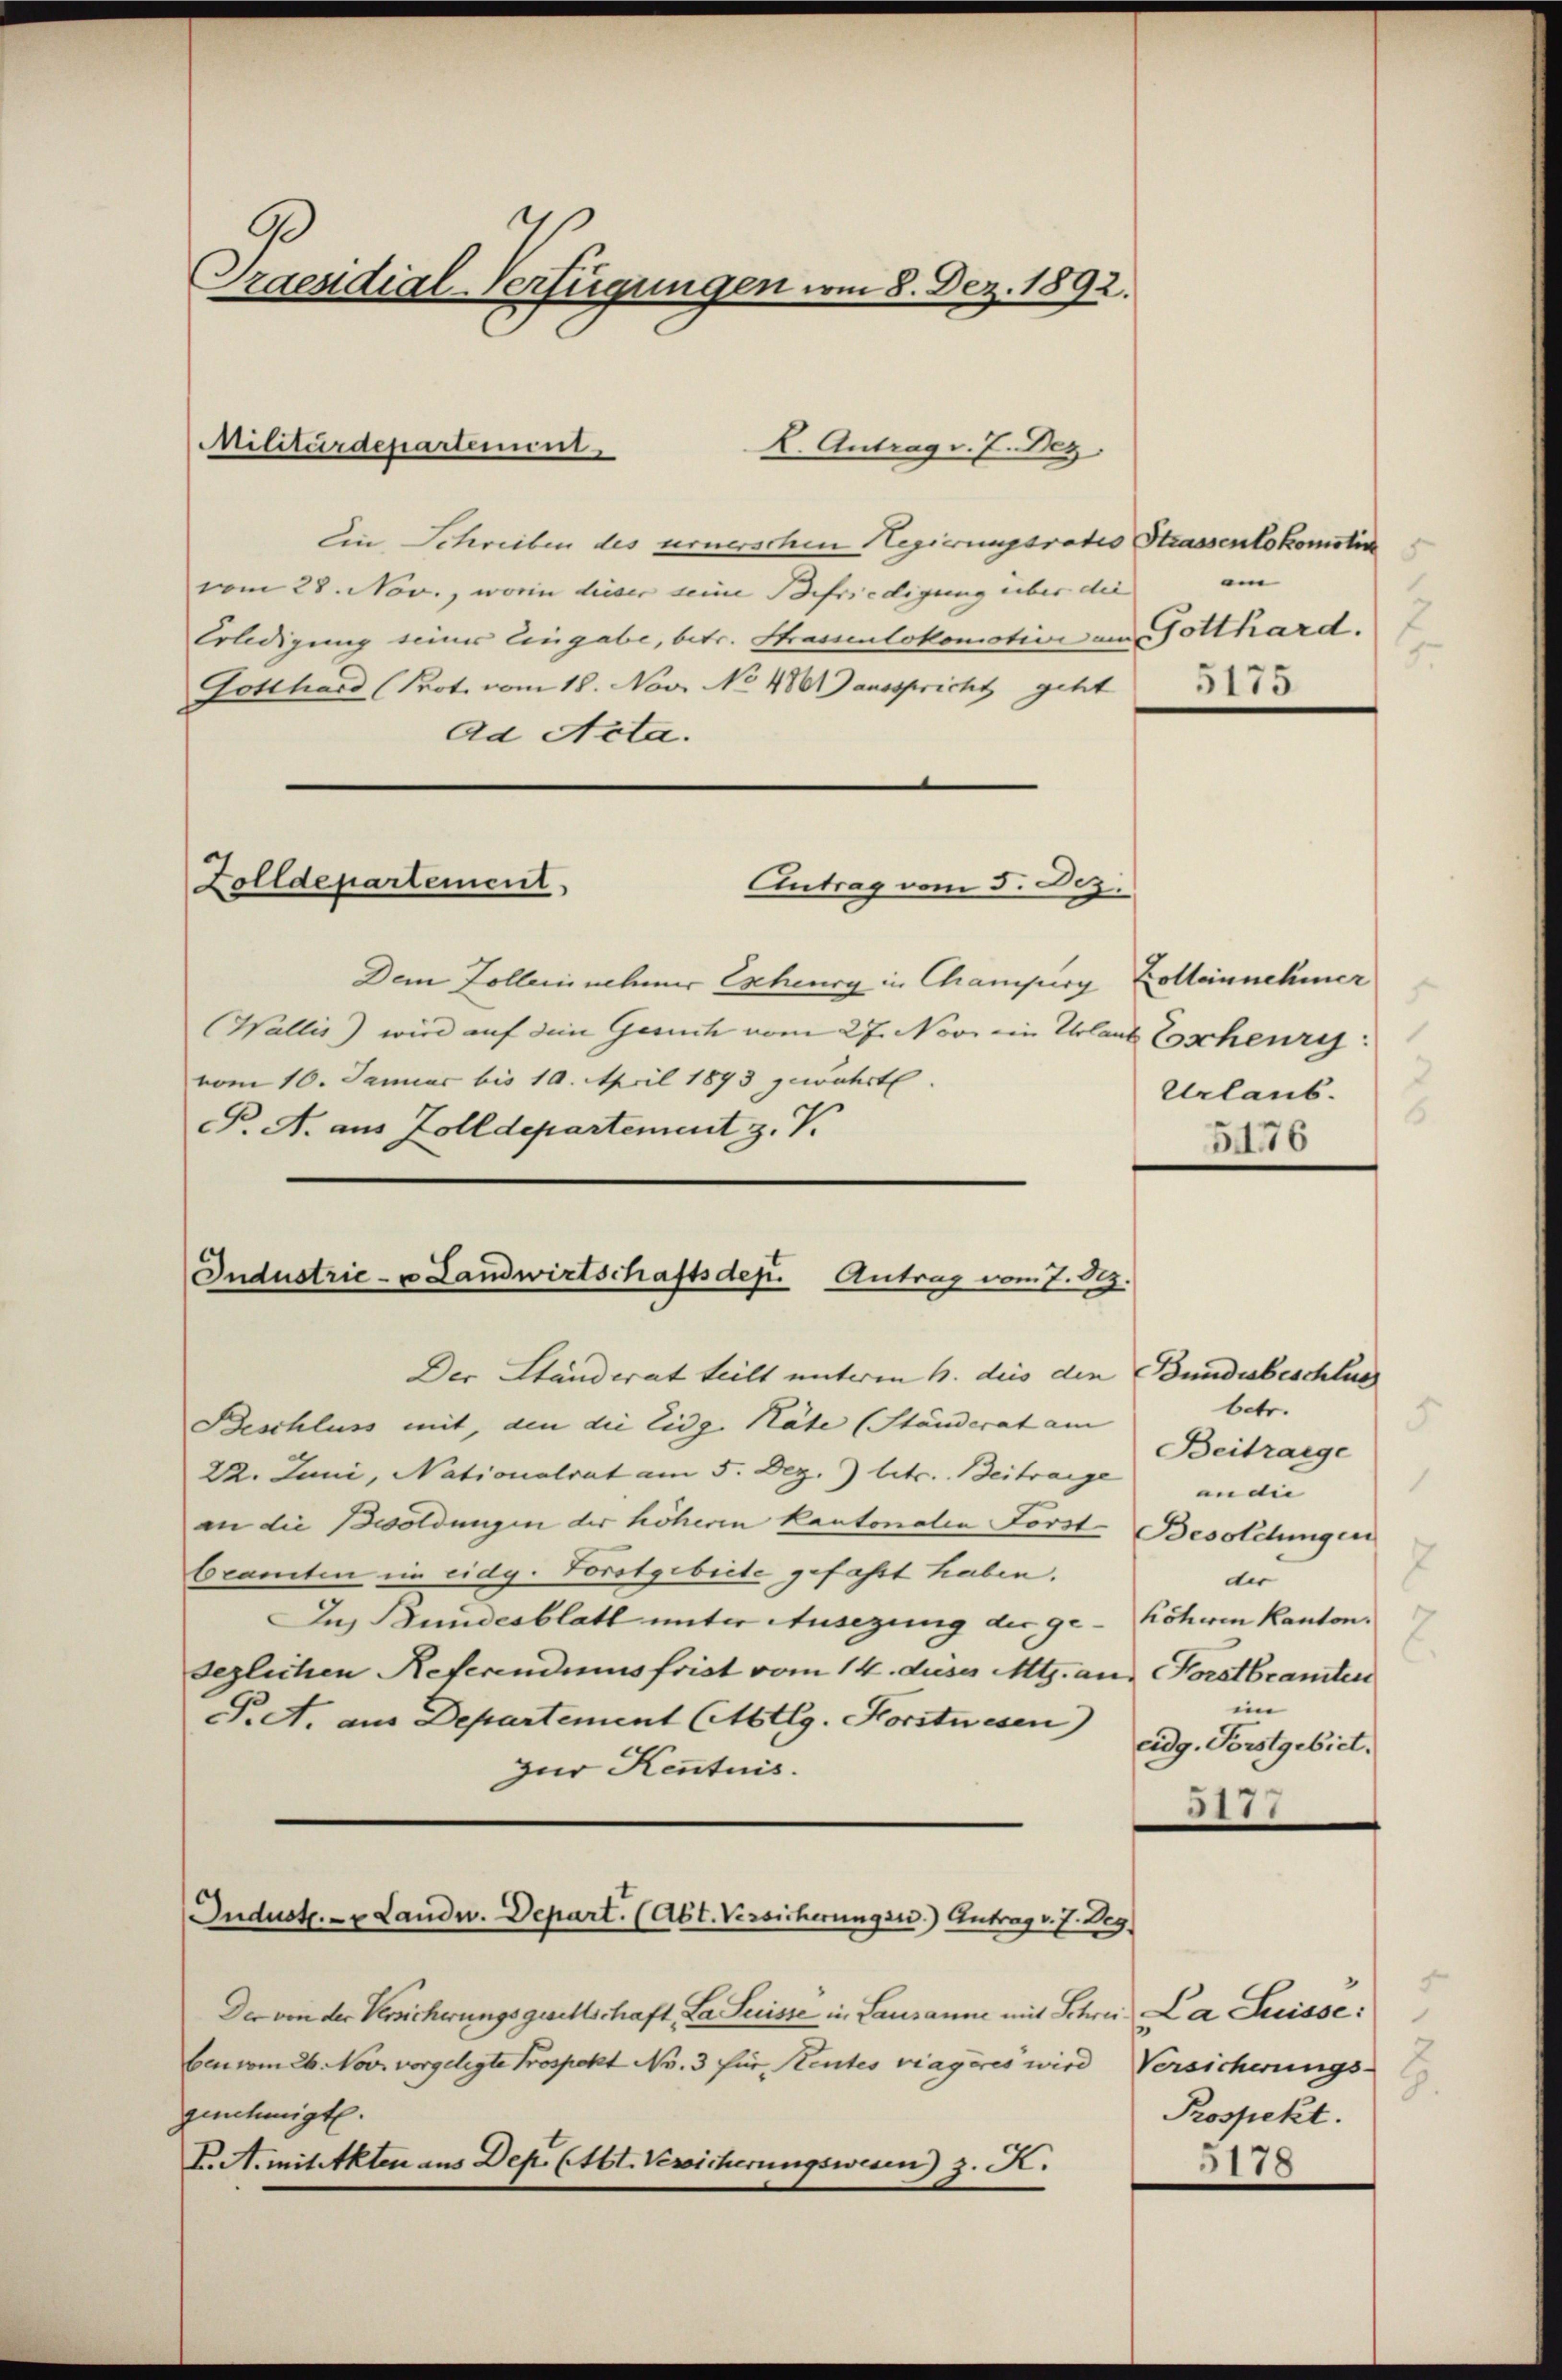
Praesidial-Verfügungen vom 8. Dez. 1892.

Ein Schreiben des urnerschen Hegierungsrates Strassenlokomotin
vom 28. Nov., worin dieser seine Befriedigung über die
Erledigung einer Eingabe, betr. Strasenlokomotion am Gotthard.
Gotthard (Prot. vom 18. Nov. No 4801) ausspricht geht
ad Acta.
Zolldepartement
Antrag vom 5. Dez.
Dem Zollernehmer Exhenry in Champiry Zolleinnehmer
Wallis) wird auf die Geruch vom 27. Nov. ein Urlaub Toscheuri
vom 10. Januar bis 10. April 1893 zewahrt
P. A. aus Zolldepartement z. V.

Militärdepartement.

Der Ständerat teilt unterm 6. dies den Bundesbeschluss
Beschluss mit, den die Eidg. Räte (Ständerat am |
22. Juni, Nationalrat am 5. Dez. betr. Beitrage
an die Besoldungen der höheren Kantonalen Forst- Besoldungen
beamten im eidg. Forstgebiete gefaßt haben.
Ins Bundesblatt unter Ausezung der ge-Köhren Kanton.
deglichen Referendius frist vom 14. dus. Mts. an. Vorstbeamten
P.A. aus Departement (Abtlg. Forstwesen)
zur Kenntnis.
Industr. v. Landw. Depart. (Abt. Versicherungsw.) Antrag v. J. Weg
Der von der Versicherungsgesellschaft, La Suisse in Lausanne mit Schrei La Suisse:
ben vom 26. Nov. vorgelegte Prospekt No. 3 für Rentes viageres wird Versicherungs-
genehmigt.
K. St. mit Akten aus Depi Etbt. Versicherungswesen) z. K.

K. Antrag v. 7. Dez.

Industrie- u Landwirtschaftsdep. Antrag vom 7. Dez.

i
g
5175

1
Urlaub.
8

5176

betr.
3
Beitraege
an die |
2
der
im
eidg. Forstgebiet.
3111

8.
Prospekt.
5178